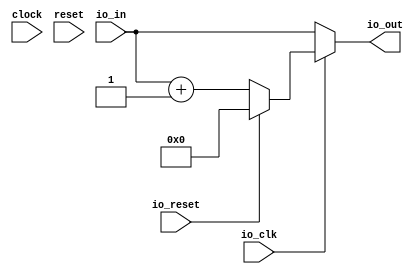
module counter(
  input        clock,
  input        reset,
  input        io_clk,
  input        io_reset,
  input  [3:0] io_in,
  output [3:0] io_out
);
  wire [3:0] _io_out_T_1 = io_in + 4'h1; // @[counter.scala 19:28]
  wire [3:0] _GEN_0 = io_reset ? 4'h0 : _io_out_T_1; // @[counter.scala 16:30 counter.scala 17:19 counter.scala 19:19]
  assign io_out = io_clk ? _GEN_0 : io_in; // @[counter.scala 15:23 counter.scala 22:14]
endmodule